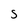
Character: S